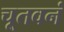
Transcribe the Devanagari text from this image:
चूतवनं